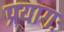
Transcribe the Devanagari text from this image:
प्रयागः